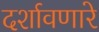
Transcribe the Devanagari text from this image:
दर्शावणारे